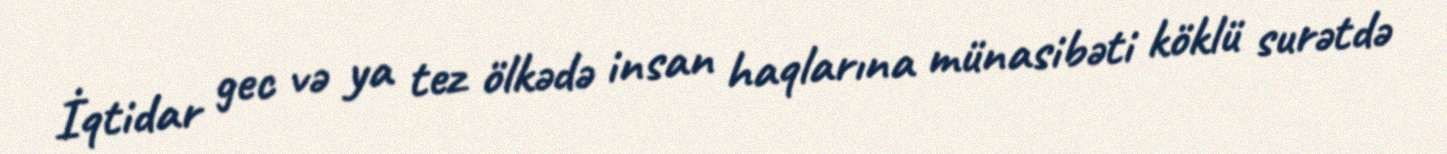
İqtidar gec və ya tez ölkədə insan haqlarına münasibəti köklü surətdə